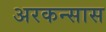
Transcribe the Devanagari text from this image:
अरकन्‍सास